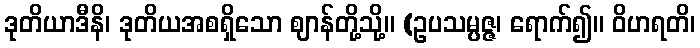
ဒုတိယာဒီနိ၊ ဒုတိယအစရှိသော ဈာန်တို့သို့။ (ဥပသမ္ပဇ္ဇ၊ ရောက်၍။ ဝိဟရတိ၊